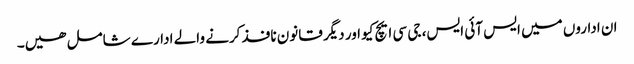
ان اداروں میں ایس آئی ایس، جی سی ایچ کیو اور دیگر قانون نافذ کرنے والے ادارے شامل ھیں۔